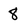
Character: 8